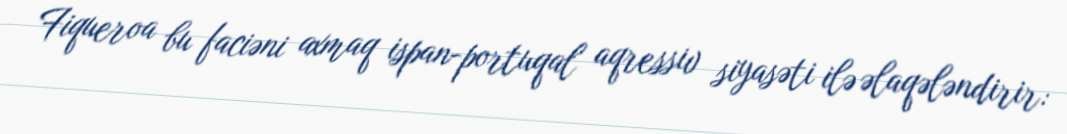
Fiqueroa bu faciəni axmaq ispan-portuqal aqressiv siyasəti ilə əlaqələndirir: